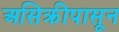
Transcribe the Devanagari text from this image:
असिक्रीपासून